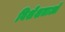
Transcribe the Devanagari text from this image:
विशेशताओ